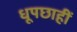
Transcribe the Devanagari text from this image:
धूपछाहीं